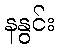
နနွင်း